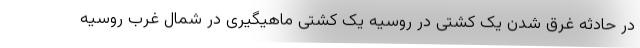
در حادثه غرق شدن یک کشتی در روسیه یک کشتی ماهیگیری در شمال غرب روسیه